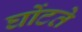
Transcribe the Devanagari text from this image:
घोंटते